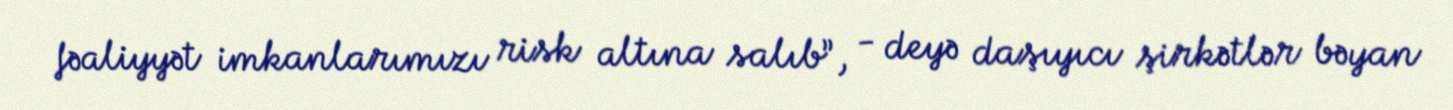
fəaliyyət imkanlarımızı risk altına salıb”, - deyə daşıyıcı şirkətlər bəyan